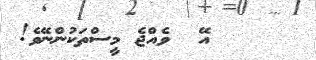
އޭ  ވެއްޖެ މީސްތަކުންނޭވެ!